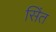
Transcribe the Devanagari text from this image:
सिंत